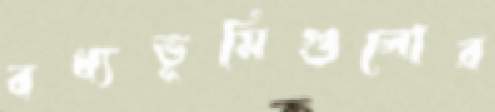
বধ্যভূমিগুলোর